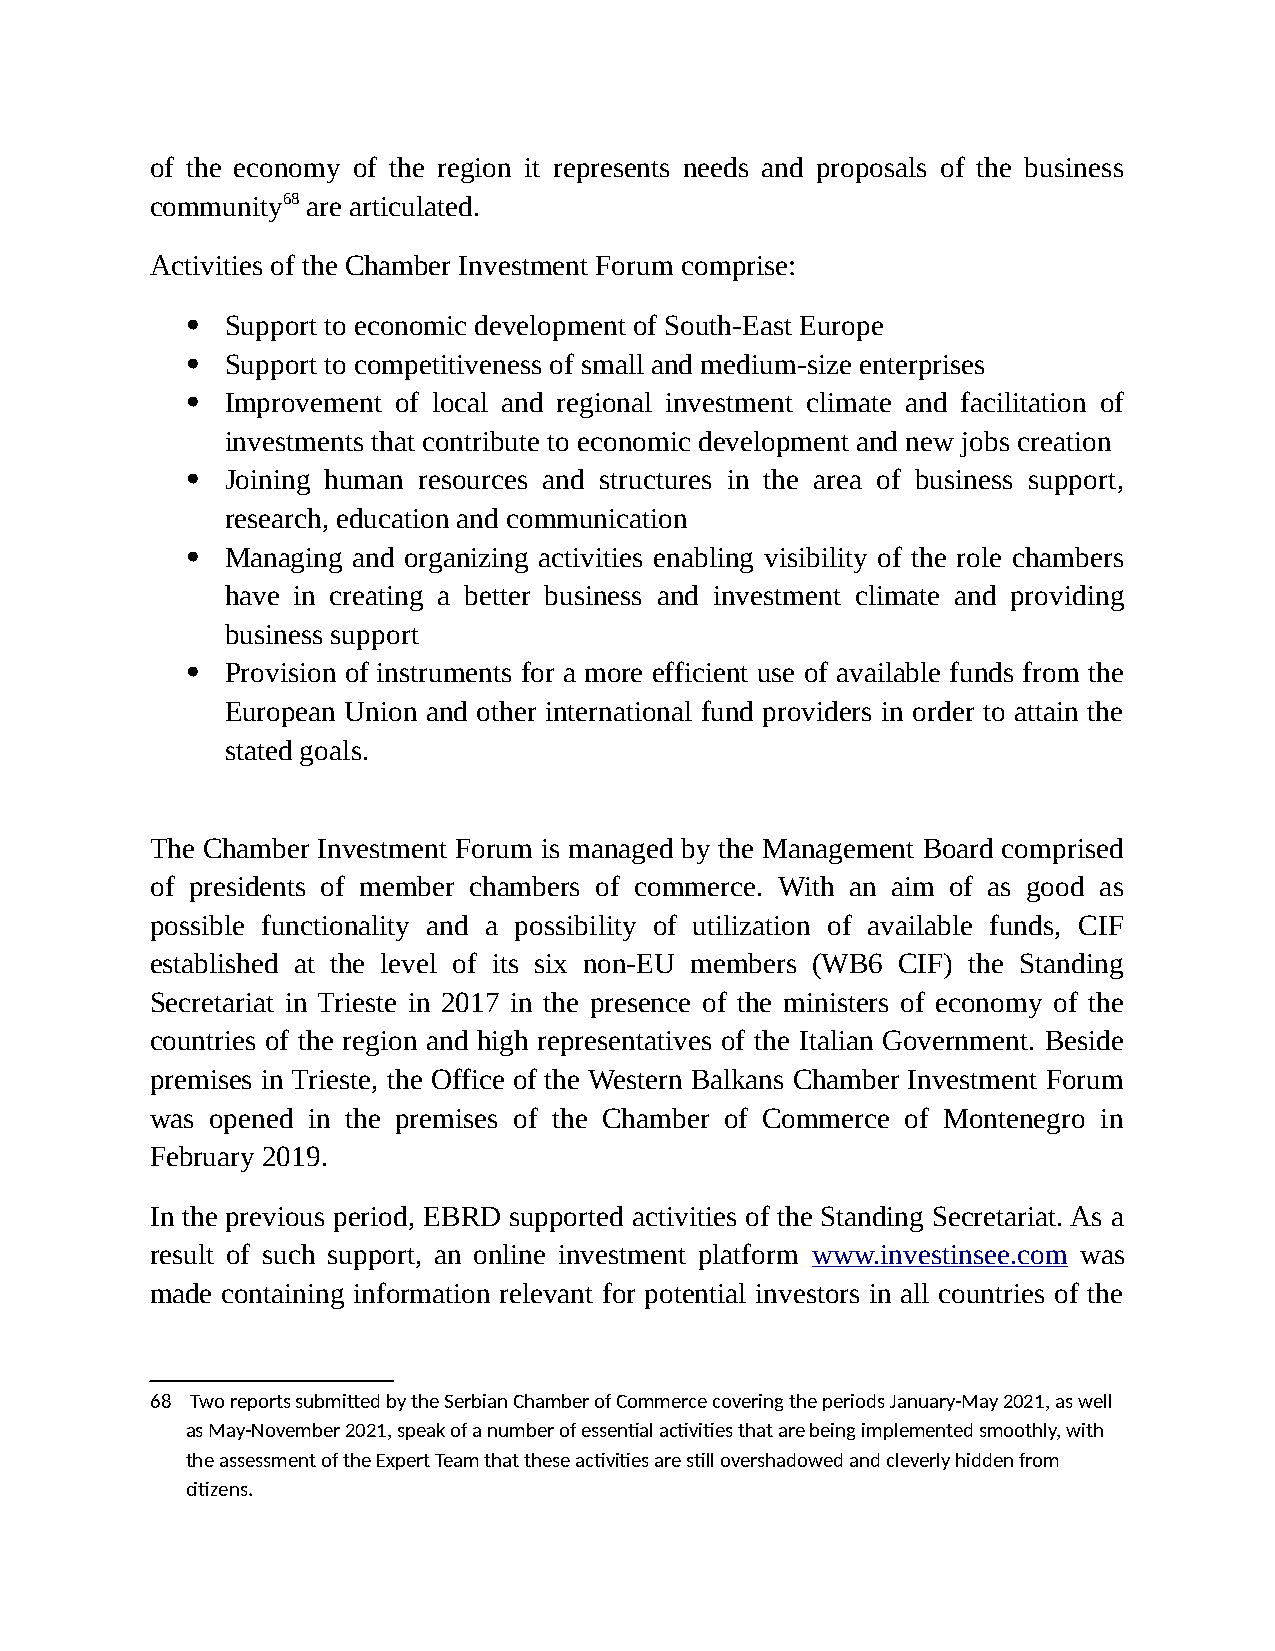
of the economy of the region it represents needs and proposals of the business
 community68 are articulated.
 Activities of the Chamber Investment Forum comprise:
   Support to economic development of South-East Europe
   Support to competitiveness of small and medium-size enterprises
   Improvement of local and regional investment climate and facilitation of
 investments that contribute to economic development and new jobs creation
   Joining human resources and structures in the area of business support,
 research, education and communication
   Managing and organizing activities enabling visibility of the role chambers
 have in creating a better business and investment climate and providing
 business support
   Provision of instruments for a more efficient use of available funds from the
 European Union and other international fund providers in order to attain the
 stated goals.
 The Chamber Investment Forum is managed by the Management Board comprised
 of presidents of member chambers of commerce. With an aim of as good as
 possible functionality and a possibility of utilization of available funds, CIF
 established at the level of its six non-EU members (WB6 CIF) the Standing
 Secretariat in Trieste in 2017 in the presence of the ministers of economy of the
 countries of the region and high representatives of the Italian Government. Beside
 premises in Trieste, the Office of the Western Balkans Chamber Investment Forum
 was opened in the premises of the Chamber of Commerce of Montenegro in
 February 2019.
 In the previous period, EBRD supported activities of the Standing Secretariat. As a
 result of such support, an online investment platform www.investinsee.com was
 made containing information relevant for potential investors in all countries of the
 68 Two reports submitted by the Serbian Chamber of Commerce covering the periods January-May 2021, as well
 as May-November 2021, speak of a number of essential activities that are being implemented smoothly, with
 the assessment of the Expert Team that these activities are still overshadowed and cleverly hidden from
 citizens.